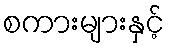
စကားများနှင့်